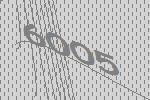
6005